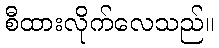
စီထားလိုက်လေသည်။